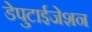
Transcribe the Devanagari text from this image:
डेपुटाईजेशन